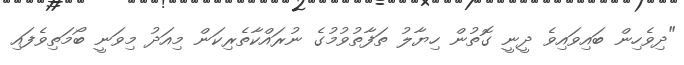
"ދިވެހިން ބައިވައިވެ ދީނީ ގޮތުން ހިޔާލު ތަފާތުވުމުގެ ނުރައްކާތެރިކަން މިއަދު މިވަނީ ބޯމަތިވެފައި